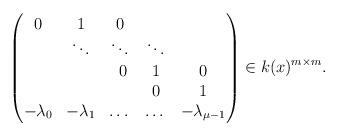
LaTeX: \begin{align*}\begin{pmatrix}0& 1& 0 & & \\& \ddots & \ddots & \ddots & \\& & \ 0 & 1 & 0 \\& & & 0 & 1\\-\lambda_0 & -\lambda_1 & \dots & \dots & -\lambda_{\mu-1}\end{pmatrix}\in k(x)^{m\times m}.\end{align*}